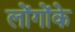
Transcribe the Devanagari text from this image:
लोंगोंके